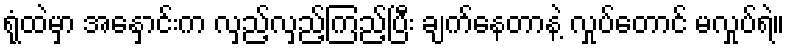
ရုံထဲမှာ အနှောင်းက လှည့်လှည့်ကြည့်ပြီး ချက်နေတာနဲ့ လှုပ်တောင် မလှုပ်ရဲ။